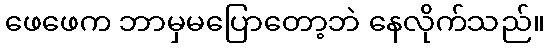
ဖေဖေက ဘာမှမပြောတော့ဘဲ နေလိုက်သည်။